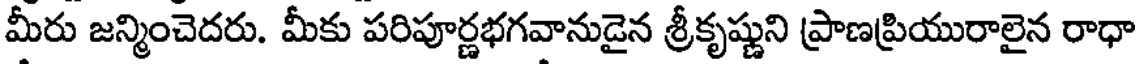
మీరు జన్మించెదరు. మీకు పరిపూర్ణభగవానుడైన శ్రీకృష్ణుని ప్రాణప్రియురాలైన రాధా